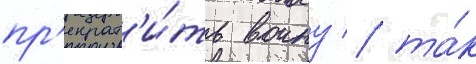
пр'екрат'и́ть воину / та́к